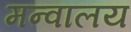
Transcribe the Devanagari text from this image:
मन्वालय